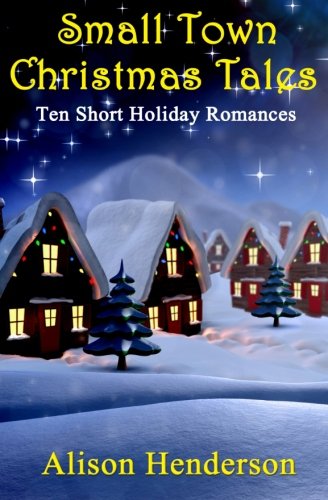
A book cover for Small Town Christmas Tales: Ten Short Holiday Romances; Alison Henderson; Romance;